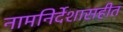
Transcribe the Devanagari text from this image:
नामनिर्देशासहीत